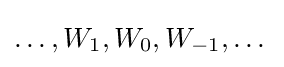
\dots ,W_{1},W_{0},W_{-1},\dots